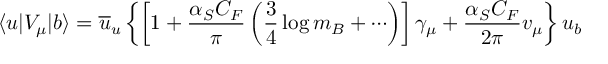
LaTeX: \langle u | V _ { \mu } | b \rangle = \overline { { { u } } } _ { u } \left\{ \left[ 1 + \frac { \alpha _ { S } C _ { F } } { \pi } \left( \frac { 3 } { 4 } \log m _ { B } + \cdots \right) \right] \gamma _ { \mu } + \frac { \alpha _ { S } C _ { F } } { 2 \pi } v _ { \mu } \right\} u _ { b }